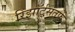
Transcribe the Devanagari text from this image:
रिझॉर्ट्‌सतर्फे